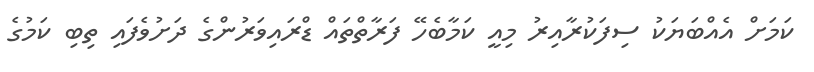
ކަމަށް އެއްބަޔަކު ސިފަކުރާއިރު މިއީ ކަމާބެހޭ ފަރާތްތައް ޑްރައިވަރުންގެ ދަށުވެފައި ތިބި ކަމުގެ